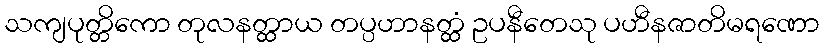
သကျပုတ္တိကော တုလနတ္ထာယ တပ္ပဟာနတ္ထံ ဥပနီတေသု ပဟီနဇာတိမရဏော